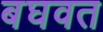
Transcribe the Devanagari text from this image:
बघवत